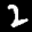
Label: 2